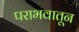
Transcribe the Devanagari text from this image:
पराभवातून